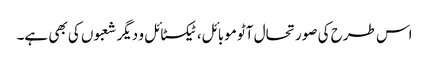
اس طرح کی صورتحال آٹو موبائل، ٹیکسٹائل و دیگر شعبوں کی بھی ہے۔